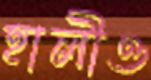
হালীও